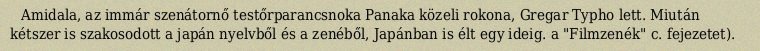
Amidala, az immár szenátornő testőrparancsnoka Panaka közeli rokona, Gregar Typho lett. Miután kétszer is szakosodott a japán nyelvből és a zenéből, Japánban is élt egy ideig. a "Filmzenék" c. fejezetet).